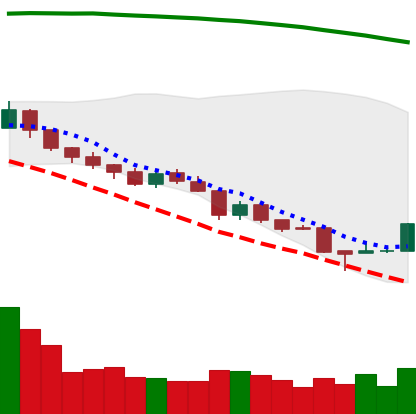
Ticker: TRX-USD
Chart end date: 2018-08-17
Forward return: -15.33%
Label: down_7plus